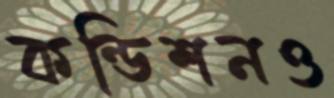
কন্ডিশনও